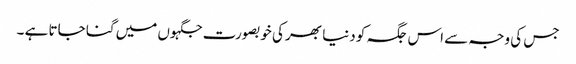
جس کی وجہ سے اس جگہ کو دنیا بھر کی خوبصورت جگہوں میں گنا جاتا ہے ۔